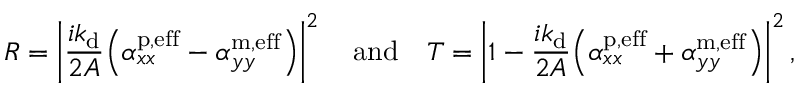
R = \left\lvert \frac { i k _ { \mathrm { d } } } { 2 A } \Bigl ( \alpha _ { x x } ^ { \mathrm { p , e f f } } - \alpha _ { y y } ^ { \mathrm { m , e f f } } \Bigr ) \right\rvert ^ { 2 } \quad \mathrm { a n d } \quad T = \left\lvert 1 - \frac { i k _ { \mathrm { d } } } { 2 A } \Bigl ( \alpha _ { x x } ^ { \mathrm { p , e f f } } + \alpha _ { y y } ^ { \mathrm { m , e f f } } \Bigr ) \right\rvert ^ { 2 } ,